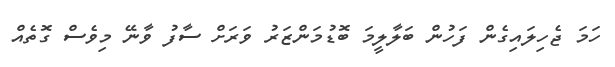
ހަމަ ޖެހިލައިގެން ފަހުން ބަލާލީމަ ބޮޑުމަންޒަރު ވަރަށް ސާފު ވާނޭ މިވެސް ގޮތެއް